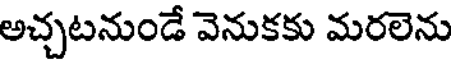
అచ్చటనుండే వెనుకకు మరలెను